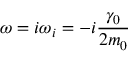
\omega = i \omega _ { i } = - i \frac { \gamma _ { 0 } } { 2 m _ { 0 } }